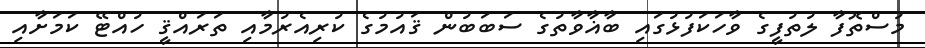
މުސްތޮފާ ލުތުފީގެ ވާހަކަފުޅުގައި ބާޣާވާތުގެ ސަބަބުން ޤައުމުގެ ކުރިއެރުމާއި ތަރައްޤީ ހުއްޓޭ ކަމަށާއި